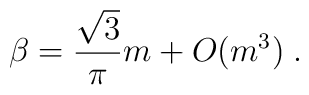
\beta = \frac{\sqrt{3}}{\pi} m  + O(m^3) \; .